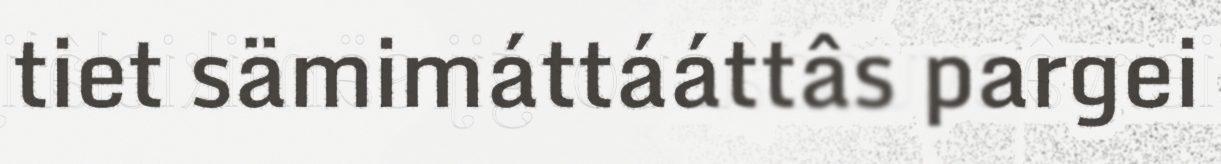
tiet sämimáttááttâs pargei